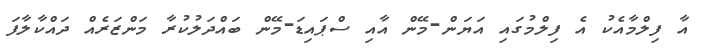
އާ ފިލްމާއެކު އެ ފިލްމުގައި އަޔަން-މޭން އާއި ސްޕައިޑަ-މޭން ބައްދަލުކުރާ މަންޒަރެއް ދައްކާލާފަ